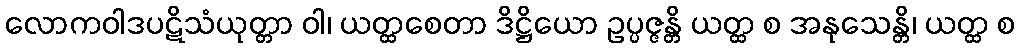
လောကဝါဒပဋိသံယုတ္တာ ဝါ၊ ယတ္ထစေတာ ဒိဋ္ဌိယော ဥပ္ပဇ္ဇန္တိ ယတ္ထ စ အနုသေန္တိ၊ ယတ္ထ စ